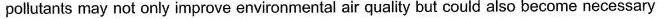
pollutants may not only improve environmental air quality but could also become necessary